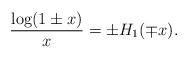
LaTeX: \begin{align*} \dfrac{\log(1\pm x)}{x} = \pm H_1(\mp x).\end{align*}